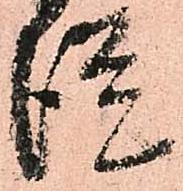
徒